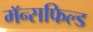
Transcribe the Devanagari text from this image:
मॅन्सफिल्ड